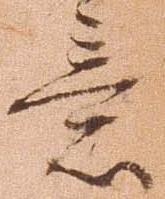
意